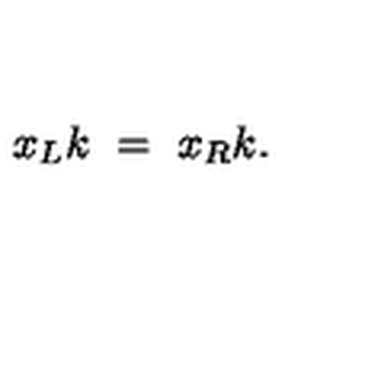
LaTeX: x _ { L } k \ = \ x _ { R } k .